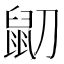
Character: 𪔹